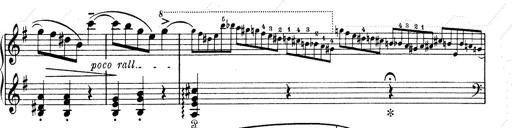
Title: 6 Polish Songs
Composer: Franz Liszt